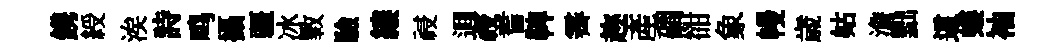
鎸綬涘詩鸣攝疆冰斁驗縷祲逥祲耆鞞霽趂產磵𧮳象幔歳姑澹黜這螻袖